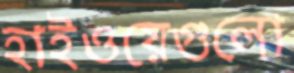
হাইওয়েগুলো